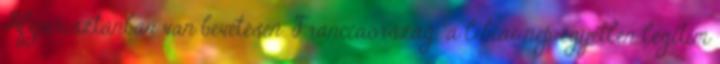
Afganisztánban van bevetésen. Franciaország “a líbiai nép egyetlen legitim